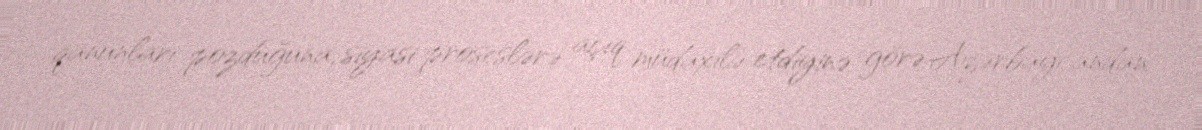
qanunları pozduğuna, siyasi proseslərə açıq müdaxilə etdiyinə görə Azərbaycandan